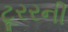
ટૂરરની